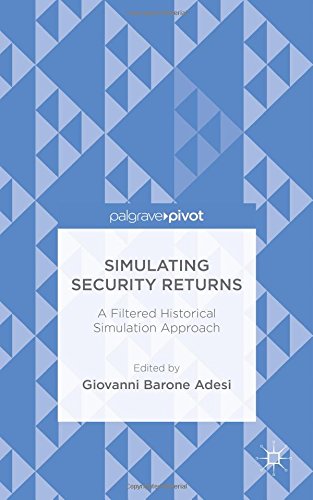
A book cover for Simulating Security Returns: A Filtered Historical Simulation Approach; Business & Money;